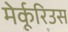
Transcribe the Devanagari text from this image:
मेर्कूरिउस